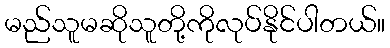
မည်သူမဆိုသူတို့ကိုလုပ်နိုင်ပါတယ်။